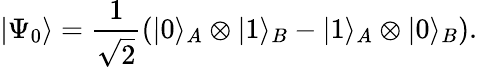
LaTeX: |\Psi_{0}\rangle=\frac{1}{\sqrt{2}}(\lvert 0\rangle_{A}\otimes\lvert 1\rangle_{B}-\lvert 1\rangle_{A}\otimes\lvert 0\rangle_{B}).